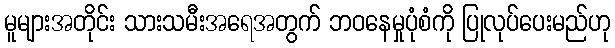
မူများအတိုင်း သားသမီးအရေအတွက် ဘဝနေမှုပုံစံကို ပြုလုပ်ပေးမည်ဟု